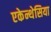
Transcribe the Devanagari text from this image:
एकेन्थेसिया